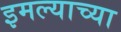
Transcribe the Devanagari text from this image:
इमल्याच्या